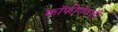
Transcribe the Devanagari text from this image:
कॉफीऐवजी